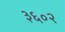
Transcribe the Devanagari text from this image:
३६०२